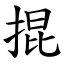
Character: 掍